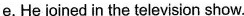
e.He joined in the television show.